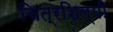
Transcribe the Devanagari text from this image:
चित्रशिल्पी